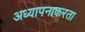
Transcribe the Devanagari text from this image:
अध्यापनाकरता